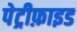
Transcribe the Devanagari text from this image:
पेट्रीफ़ाइड